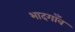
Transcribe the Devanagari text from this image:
भादगाँव